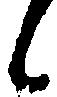
候